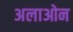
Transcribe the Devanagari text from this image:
अलाओन